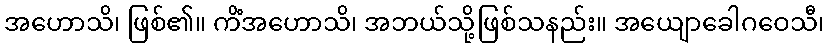
အဟောသိ၊ ဖြစ်၏။ ကိံအဟောသိ၊ အဘယ်သို့ဖြစ်သနည်း။ အယျောခေါဂဝေသီ၊